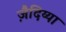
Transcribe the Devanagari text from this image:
ज़ैदिय्या